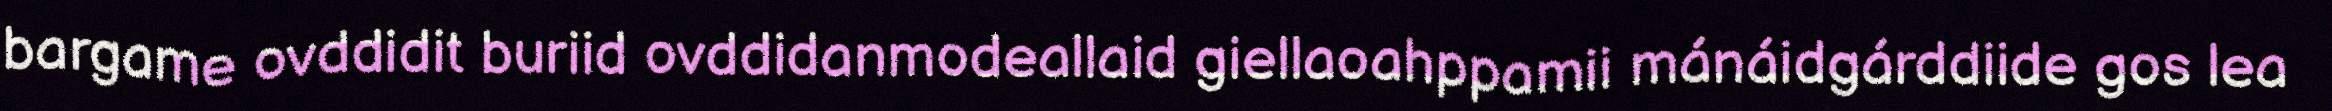
bargame ovddidit buriid ovddidanmodeallaid giellaoahppamii mánáidgárddiide gos lea